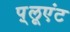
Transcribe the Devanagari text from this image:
प़्लूएंट